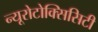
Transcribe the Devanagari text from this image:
न्यूरोटोक्सिसिटी